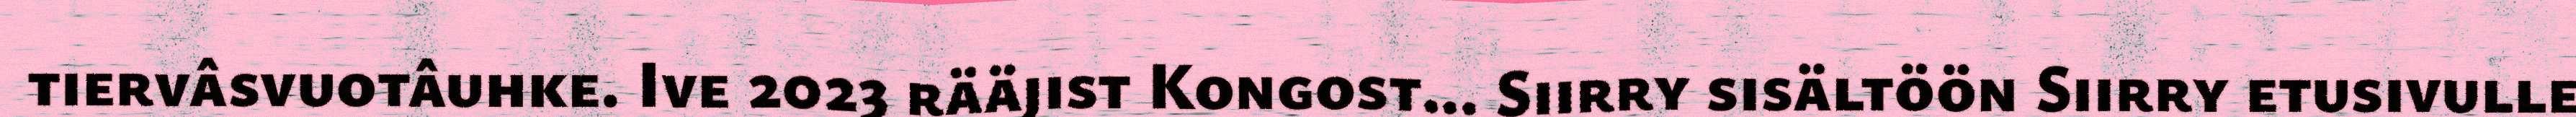
tiervâsvuotâuhke. Ive 2023 rääjist Kongost... Siirry sisältöön Siirry etusivulle